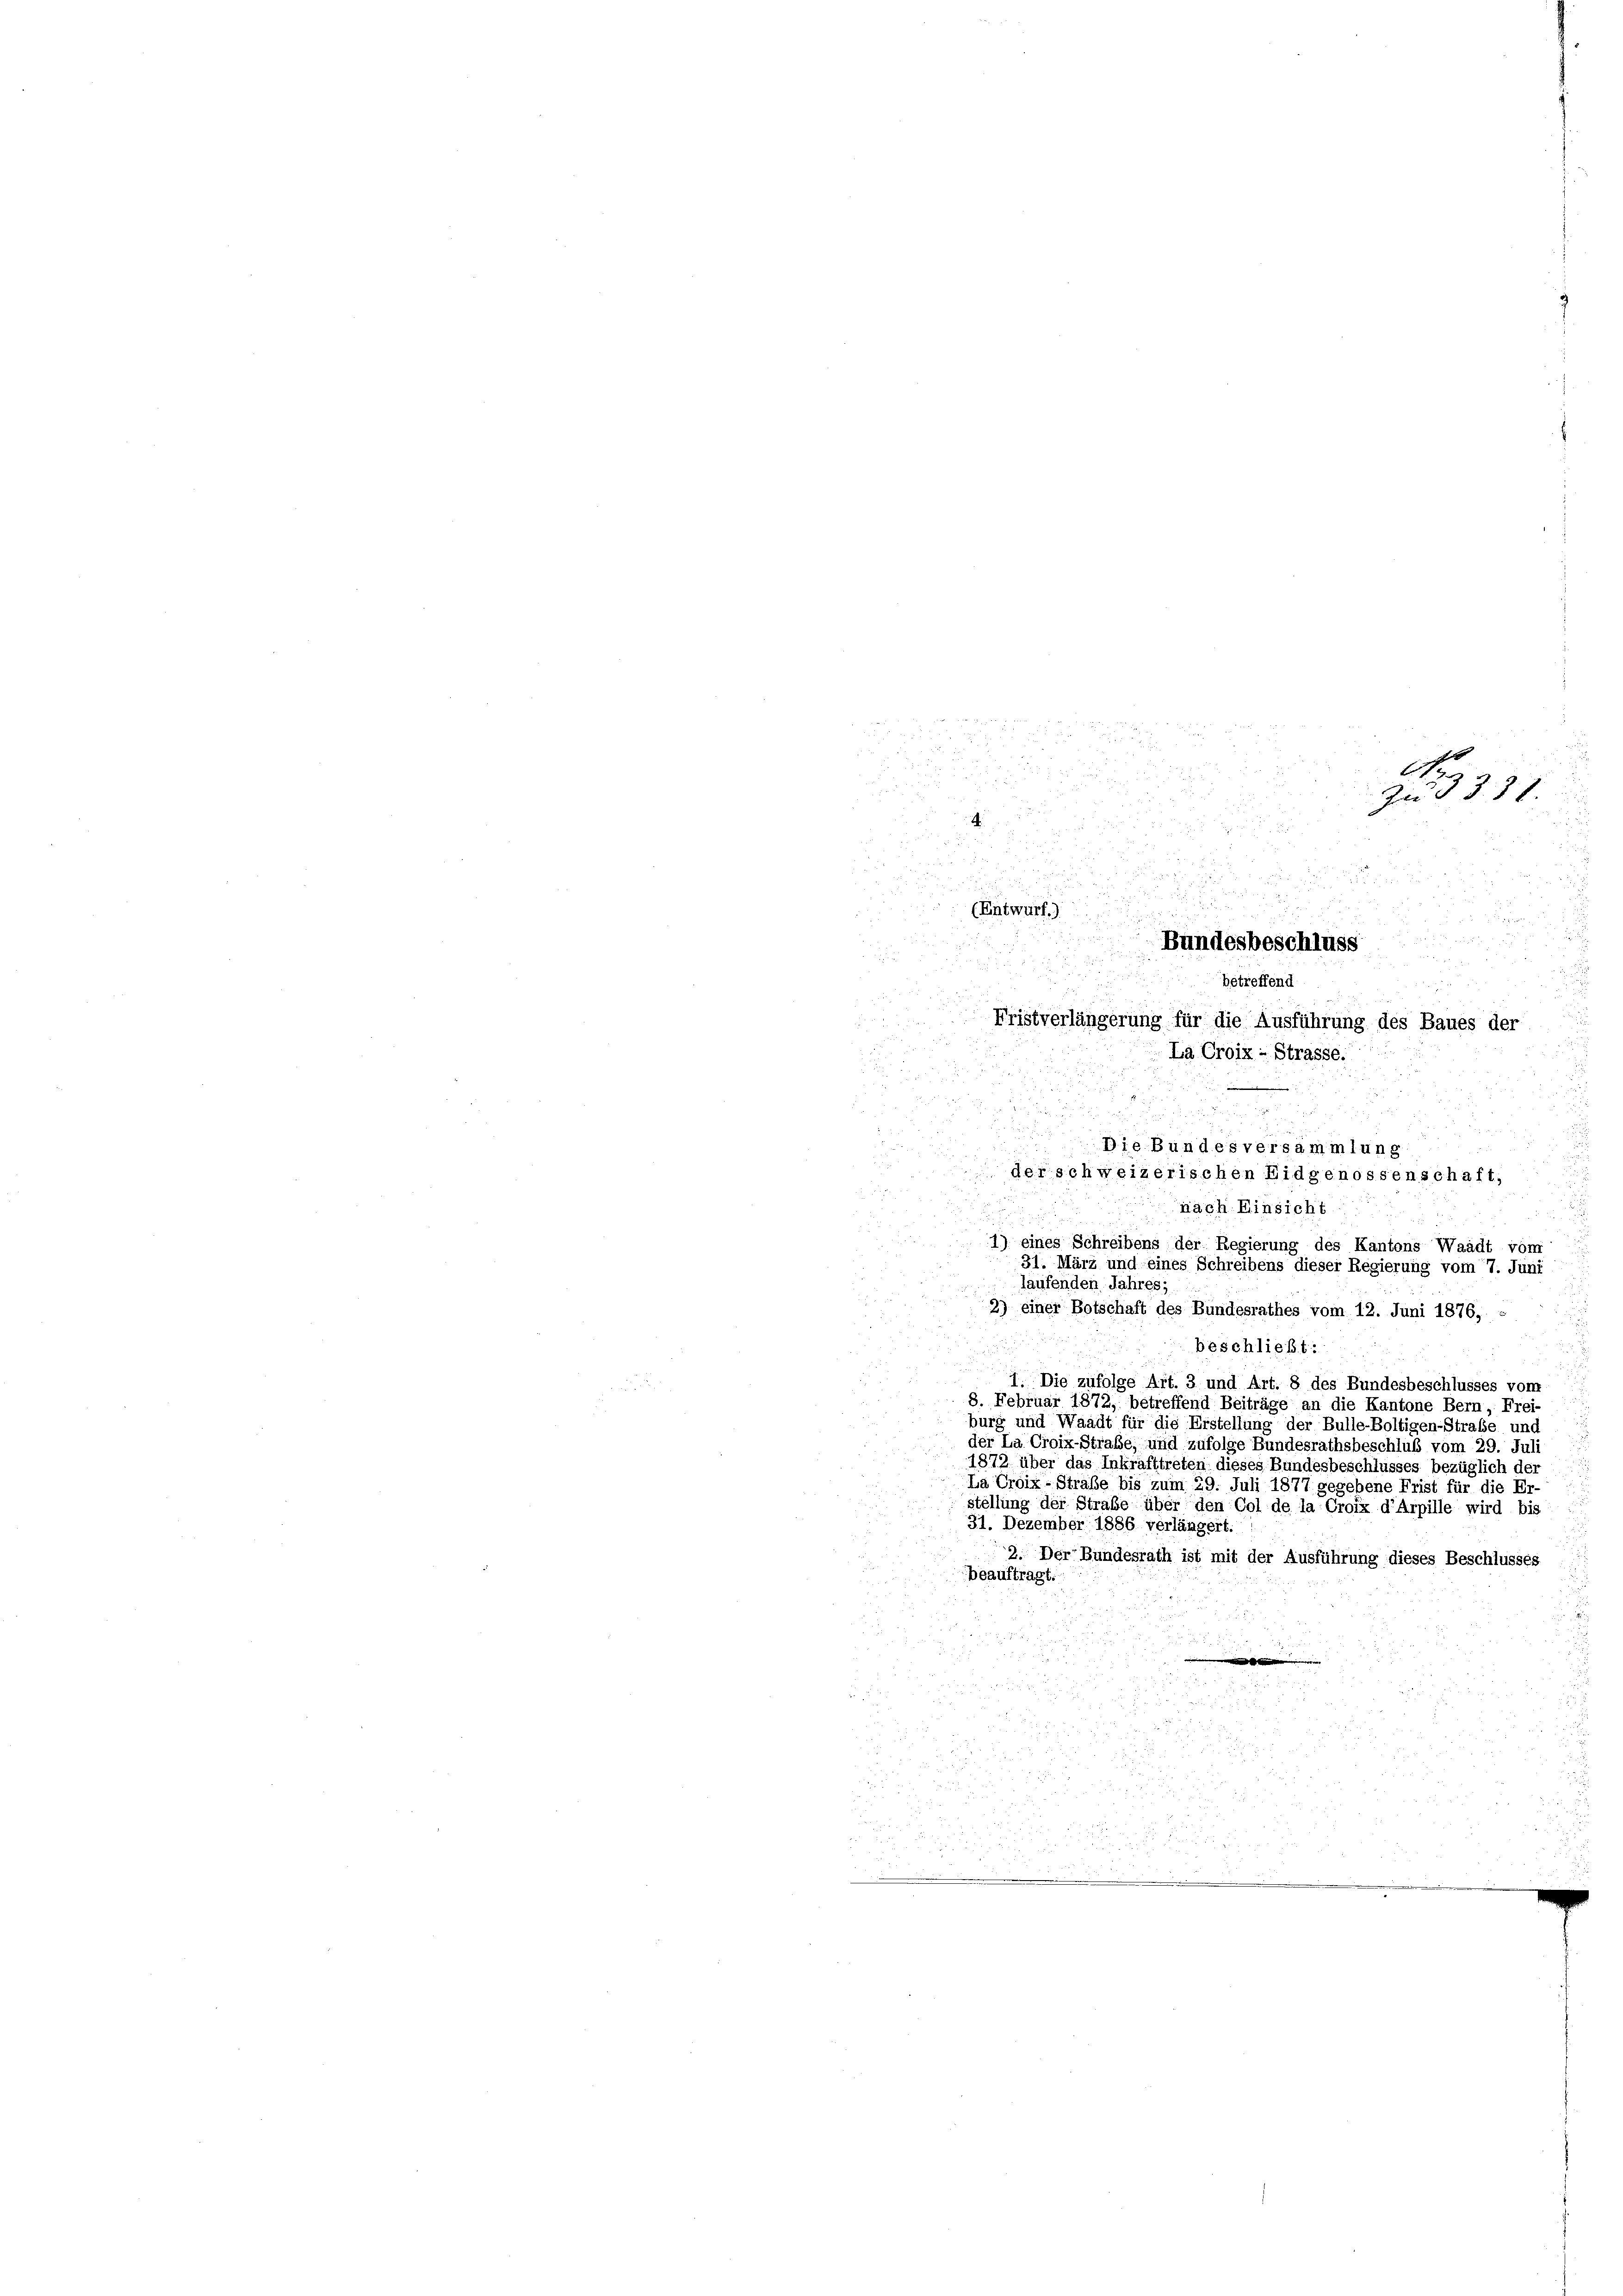
1 1 Sti

2
.
e
2

.
i
der
2
u
Die § §. 28.
2
.

S

.

.
.
(Entwurf.
.

Bundesbeschluss
 2
betreffend
9
Fristverlängerung für die Ausführung des Baues der
La Croix - Strasse.

d

.
i

beschließt:
u
1. Die zufolge Art. 3 und Art. 8 des Bundesbeschlusses von
8. Februar 1872, betreffend Beiträge an die Kantone Bern, Frei-
burg und Waadt für die Erstellung der Bulle-Boltigen-Strafe und
der La Croix-Strafe, und zufolge Bundesrathsbeschluß vom 29. Juli
1872 über das Inkrafttreten dieses Bundesbeschlusses bezüglich der
La Croix-Straße bis zum 29. Juli 1877 gegebene Frist für die Er-
stellung der Strabe über den Col de la Croix d’Arpille wird bis
31. Dezember 1886 verlängert.
2. Der Bundesrath ist mit der Ausführung dieses Beschlusses
beauftragt
¬

n

Die Bundesversammlung
derschweizerischen Eidgenossenschaft,
nach Einsicht ...

1) eines Schreibens der Regierung des Kantons Waadt vom
31. März und eines Schreibens dieser Regierung vom 7. Juni
laufenden Jahres;
2) einer Botschaft des Bundesrathes vom 12. Juni 1876,